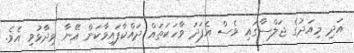
އަދި މިއަދުގެ ޖަލްސާގައި ވެސް އެފަދަ ވާހަކަތައް ދައްކާފައިވާކަން އޭނާ ވިދާޅުވި އެވެ.